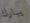
يبارك